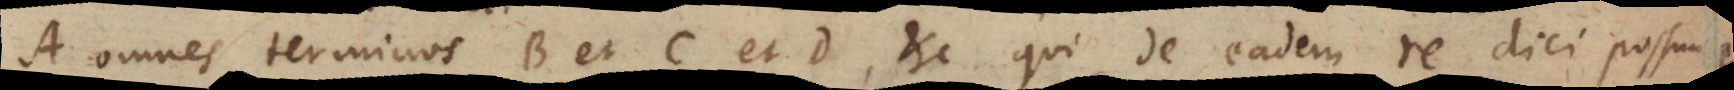
A omnes terminos B et C et D, etc. qui de eadem re dici possunt